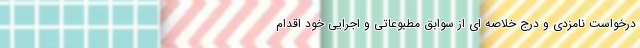
درخواست نامزدی و درج خلاصه ای از سوابق مطبوعاتی و اجرایی خود اقدام